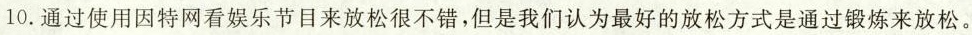
10.通过使用因特网看娱乐节目来放松很不错,但是我们认为最好的放松方式是通过锻炼来放松。